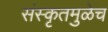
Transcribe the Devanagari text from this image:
संस्कृतमुळेच